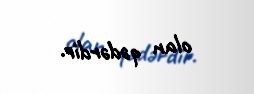
olan qədərdir.